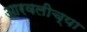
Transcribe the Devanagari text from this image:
आरवलीच्या